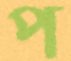
প